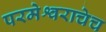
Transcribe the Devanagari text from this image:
परमेश्वराचेच